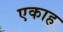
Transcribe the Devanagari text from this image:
एकाह